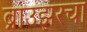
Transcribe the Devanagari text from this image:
ब्राउझरचा